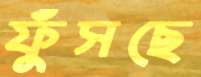
ফুঁসছে